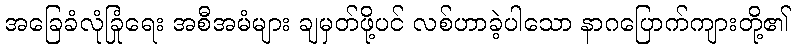
အခြေခံလုံခြုံရေး အစီအမံများ ချမှတ်ဖို့ပင် လစ်ဟာခဲ့ပါသော နာဂပြောက်ကျားတို့၏